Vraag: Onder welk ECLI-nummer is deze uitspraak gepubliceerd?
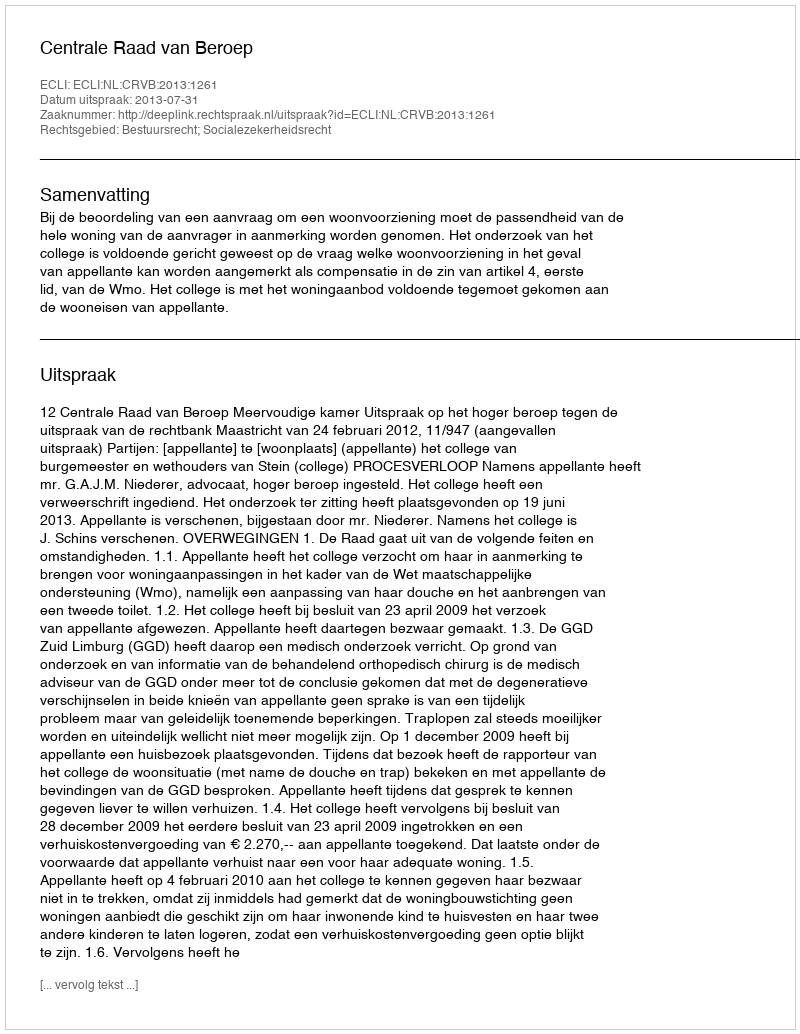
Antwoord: ECLI:NL:CRVB:2013:1261